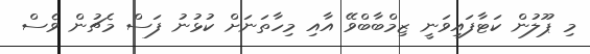
މި ޕޫލުން ކަޓާފައިވަނީ ޒިމްބާބްވޭ އާއި މިހާތަނަށް ކުޅުނު ފަސް މެޗުން ވެސް